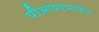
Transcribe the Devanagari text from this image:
पीआयएमार्फत